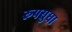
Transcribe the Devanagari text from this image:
रूपसुधा